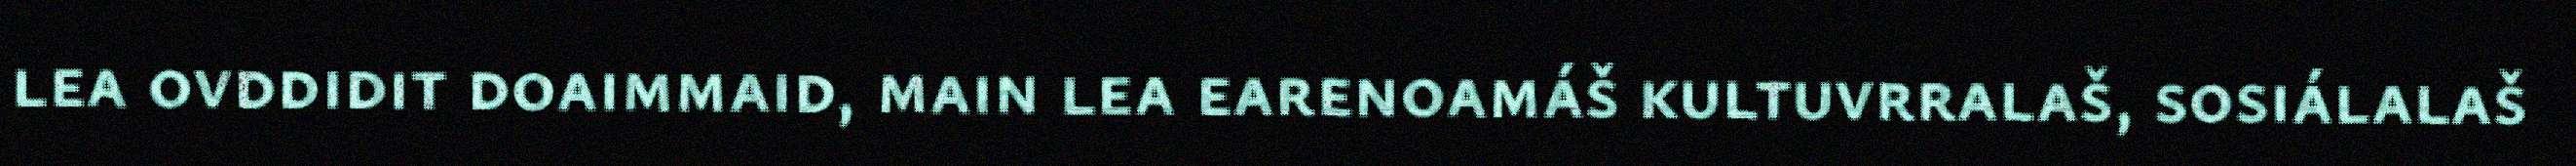
lea ovddidit doaimmaid, main lea earenoamáš kultuvrralaš, sosiálalaš